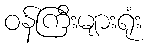
ဝန်ကြီးများရုံး